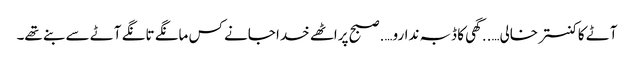
آٹے کا کنستر خالی…..گھی کا ڈبہ ندارو….صبح پراٹھے خدا جانے کس مانگے تانگے آٹے سے بنے تھے۔